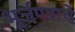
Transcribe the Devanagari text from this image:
भूर्जपत्राचे